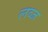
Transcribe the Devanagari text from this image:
लव्ज